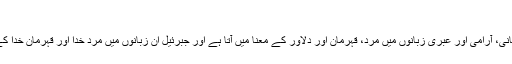
[7]
جَبْر حبشی ، سریانی، آرامی اور عبری زبانوں میں مرد، قہرمان اور دلاور کے معنا میں آتا ہے اور جبرئیل ان زبانوں میں مرد خدا اور قہرمان خدا کے معنا میں ہو گا۔